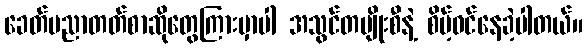
ခေတ်ပညာတတ်စာဆိုတွေကြားမှာပါ အသွင်တမျိုးစီနဲ့ စိမ့်ဝင်နေခဲ့ပါတယ်။